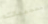
معجبيك